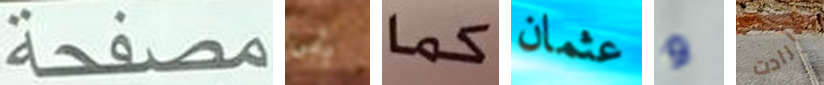
مصفحة يأبى كما عثمان و وأرادت